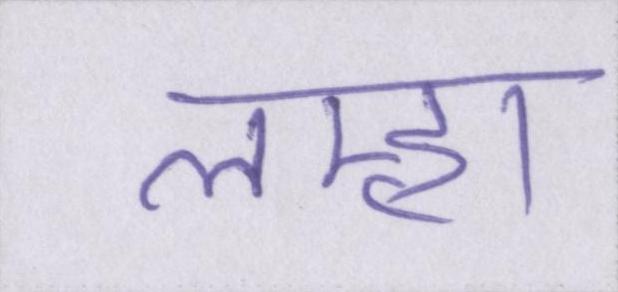
लम्हा